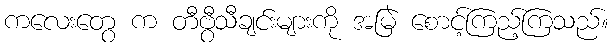
ကလေးတွေ က တီဗွီသီချင်းများကို အမြဲ စောင့်ကြည့်ကြသည်။